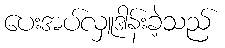
ပေးအပ်လှူဒါန်းခဲ့သည်